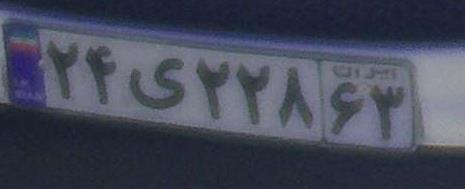
۲۴ی۲۲۸۶۳